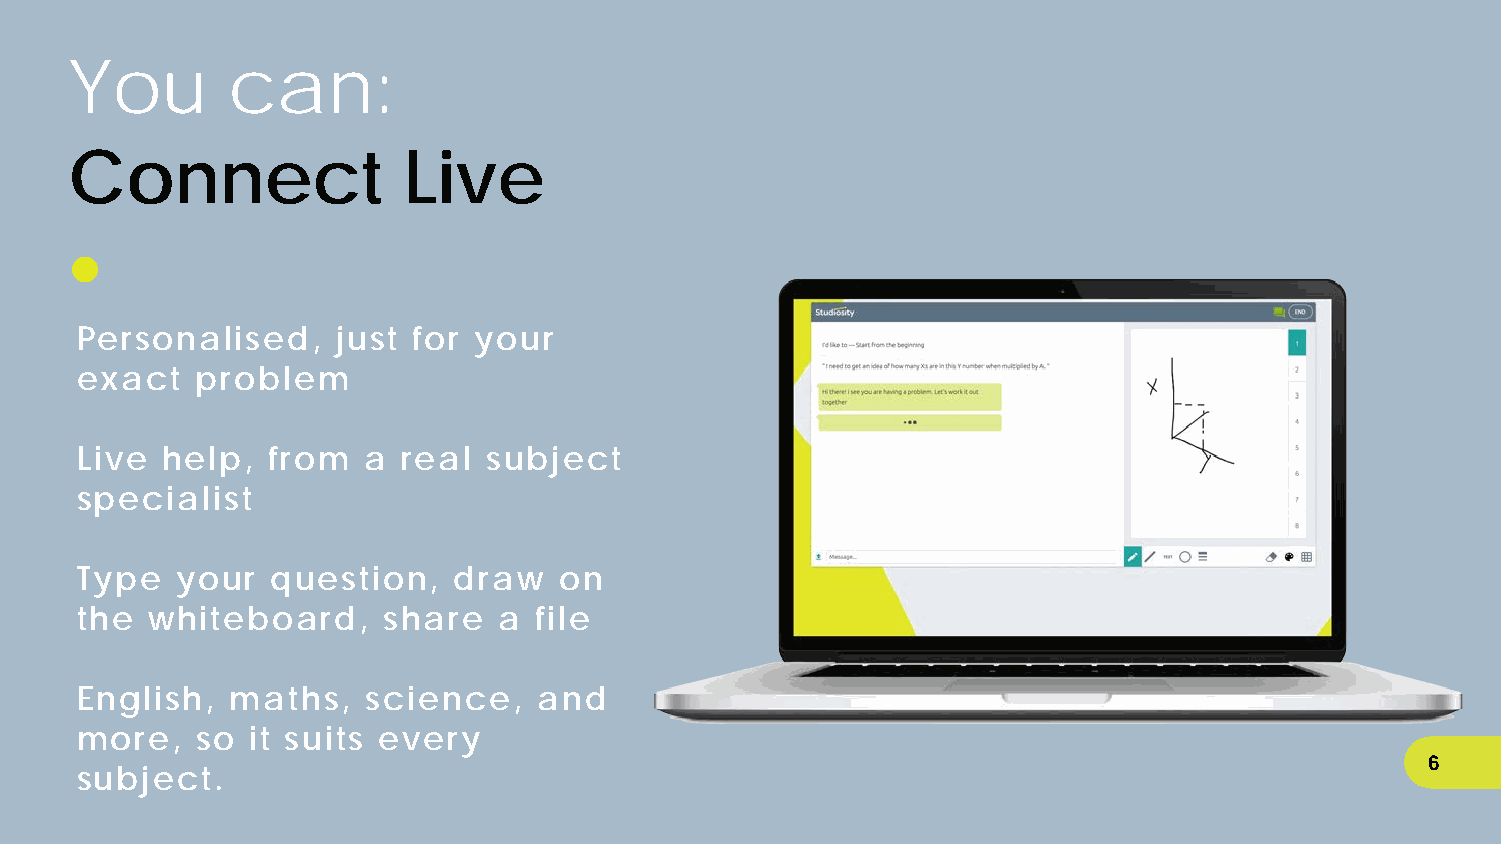
You       can:
 Connect               Live
 Personalised,    just for your
 exact   problem
 Live  help,  from  a  real subject
 specialist
 Type   your  question,   draw   on
 the  whiteboard,    share   a file
 English,  maths,   science,    and
 more,   so  it suits every
 6
 subject.